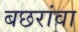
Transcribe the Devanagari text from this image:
बछरांवा